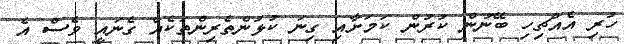
ހުރި އެއްޗިހި ބޭނުން ކުރުން ކަމަށާއި ގިނަ ކުޅުންތެރިންތަކެއް ގެނައީ ވެސް އެ